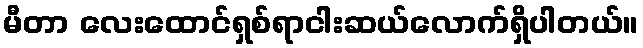
မီတာ လေးထောင်ရှစ်ရာငါးဆယ်လောက်ရှိပါတယ်။